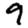
Digit: 9